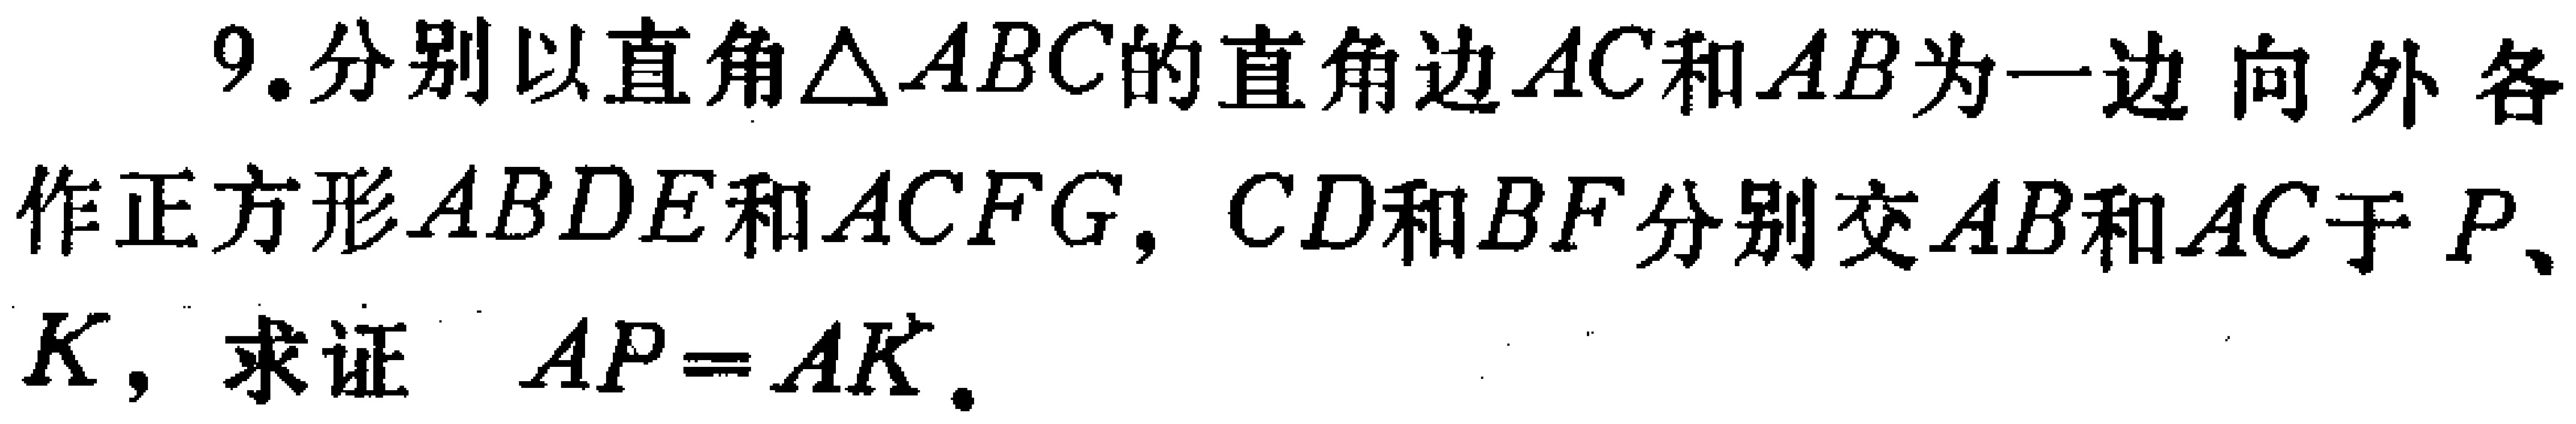
9. 分别以直角\(\triangle ABC\)的直角边\(AC\)和\(AB\)为一边向外各作正方形\(ABDE\)和\(ACFG\)，\(CD\)和\(BF\)分别交\(AB\)和\(AC\)于\(P\)、\(K\)，求证 \(AP = AK\)。